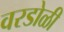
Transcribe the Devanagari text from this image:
वरडोळी